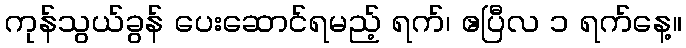
ကုန်သွယ်ခွန် ပေးဆောင်ရမည့် ရက်၊ ဧပြီလ ၁ ရက်နေ့။